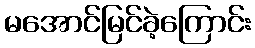
မအောင်မြင်ခဲ့ကြောင်း